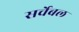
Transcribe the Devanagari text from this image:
सर्चेबल